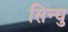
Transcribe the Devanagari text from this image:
सिन्घु